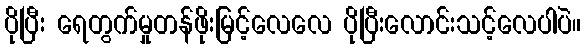
ပိုပြီး ရေတွက်မှုတန်ဖိုးမြင့်လေလေ ပိုပြီးလောင်းသင့်လေပါပဲ။